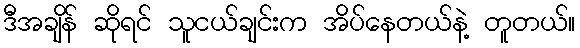
ဒီအချိန် ဆိုရင် သူငယ်ချင်းက အိပ်နေတယ်နဲ့ တူတယ်။